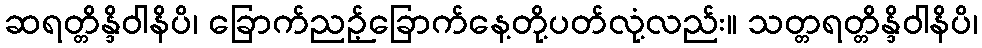
ဆရတ္တိန္ဒိဝါနိပိ၊ ခြောက်ညဉ့်ခြောက်နေ့တို့ပတ်လုံ့လည်း။ သတ္တရတ္တိန္ဒိဝါနိပိ၊